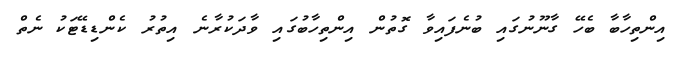
އިންތިހާބާ ބެހޭ ގާނޫނުގައި ބުނެފައިވާ ގޮތުން އިންތިހާބުގައި ވާދަކުރާނެ އިތުރު ކެންޑިޑޭޓަކު ނެތް